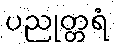
ပညုတ္တရံ